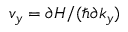
v _ { y } = \partial { \cal H } / ( \hbar \partial k _ { y } )